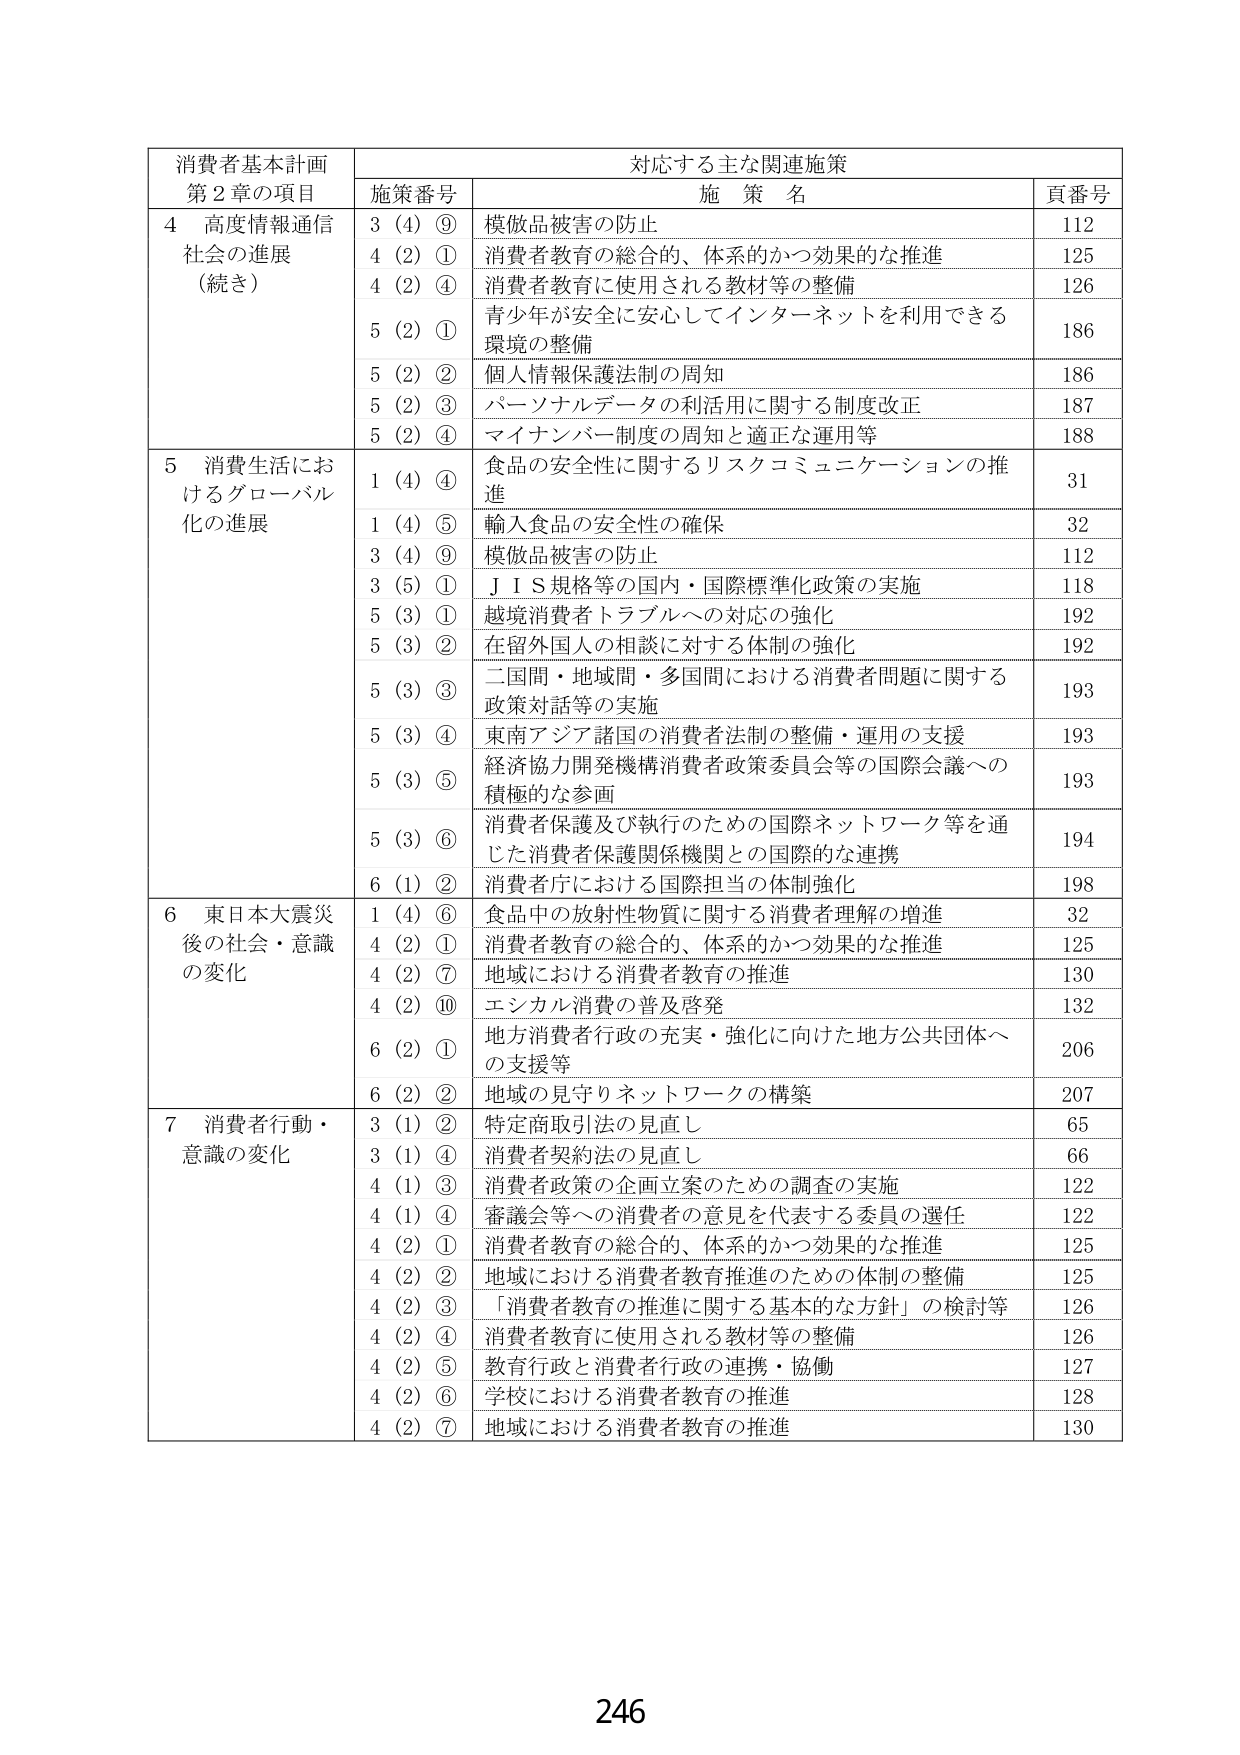
消費者基本計画
第２章の項目

対応する主な関連施策

施策番号
施策名
頁番号

4 高度情報通信
社会の進展
（続き）
3 (4) ⑨ 模倣品被害の防止 112
4 (2) ① 消費者教育の総合的、体系的かつ効果的な推進 125
4 (2) ④ 消費者教育に使用される教材等の整備 126
5 (2) ① 青少年が安全に安心してインターネットを利用できる環境の整備 186
5 (2) ② 個人情報保護法制の周知 186
5 (2) ③ パーソナルデータの利活用に関する制度改正 187
5 (2) ④ マイナンバー制度の周知と適正な運用等 188

5 消費生活におけるグローバル化の進展
1 (4) ④ 食品の安全性に関するリスクコミュニケーションの推進 31
1 (4) ⑤ 輸入食品の安全性の確保 32
3 (4) ⑨ 模倣品被害の防止 112
3 (5) ① ＪＩＳ規格等の国内・国際標準化政策の実施 118
5 (3) ① 越境消費者トラブルへの対応の強化 192
5 (3) ② 在留外国人の相談に対する体制の強化 192
5 (3) ③ 二国間・地域間・多国間における消費者問題に関する政策対話等の実施 193
5 (3) ④ 東南アジア諸国の消費者法制の整備・運用の支援 193
5 (3) ⑤ 経済協力開発機構消費者政策委員会等の国際会議への積極的な参画 193
5 (3) ⑥ 消費者保護及び執行のための国際ネットワーク等を通じた消費者保護関係機関との国際的な連携 194
6 (1) ② 消費者庁における国際担当の体制強化 198

6 東日本大震災後の社会・意識の変化
1 (4) ⑥ 食品中の放射性物質に関する消費者理解の増進 32
4 (2) ① 消費者教育の総合的、体系的かつ効果的な推進 125
4 (2) ⑦ 地域における消費者教育の推進 130
4 (2) ⑩ エシカル消費の普及啓発 132
6 (2) ① 地方消費者行政の充実・強化に向けた地方公共団体への支援等 206
6 (2) ② 地域の見守りネットワークの構築 207

7 消費者行動・意識の変化
3 (1) ② 特定商取引法の見直し 65
3 (1) ④ 消費者契約法の見直し 66
4 (1) ③ 消費者政策の企画立案のための調査の実施 122
4 (1) ④ 審議会等への消費者の意見を代表する委員の選任 122
4 (2) ① 消費者教育の総合的、体系的かつ効果的な推進 125
4 (2) ② 地域における消費者教育推進のための体制の整備 125
4 (2) ③ 「消費者教育の推進に関する基本的な方針」の検討等 126
4 (2) ④ 消費者教育に使用される教材等の整備 126
4 (2) ⑤ 教育行政と消費者行政の連携・協働 127
4 (2) ⑥ 学校における消費者教育の推進 128
4 (2) ⑦ 地域における消費者教育の推進 130

246